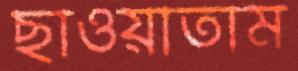
ছাওয়াতাম